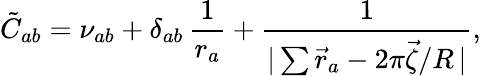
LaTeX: \tilde{C}_{ab}=\nu_{ab}+\delta_{ab}\, \frac{1}{r_{a}}+\frac{1}{|\sum\vec{r}_{a}-2\pi\vec{\zeta}/R\, |},